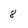
Character: 8